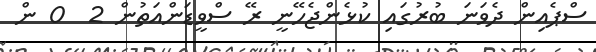
ސްޕެއިން ދެވަނަ ބުރުގައި ކުޅެންޖެހޭނީ ރޭ ސްވީޑަންއަތުން 2  0 ން